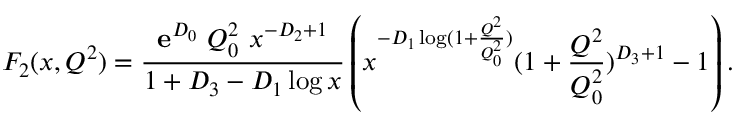
F _ { 2 } ( x , Q ^ { 2 } ) = \frac { { \mathbf e } ^ { { \cal D } _ { 0 } } ~ Q _ { 0 } ^ { 2 } ~ x ^ { - { \cal D } _ { 2 } + 1 } } { 1 + { \cal D } _ { 3 } - { \cal D } _ { 1 } \log { x } } \left( x ^ { - { \cal D } _ { 1 } \log ( 1 + \frac { Q ^ { 2 } } { Q _ { 0 } ^ { 2 } } ) } ( 1 + \frac { Q ^ { 2 } } { Q _ { 0 } ^ { 2 } } ) ^ { { \cal D } _ { 3 } + 1 } - 1 \right) .